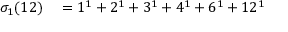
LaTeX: \begin{array} { r l } { \sigma _ { 1 } ( 1 2 ) } & { { } = 1 ^ { 1 } + 2 ^ { 1 } + 3 ^ { 1 } + 4 ^ { 1 } + 6 ^ { 1 } + 1 2 ^ { 1 } } \end{array}